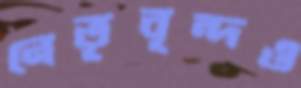
নেতৃবৃন্দও